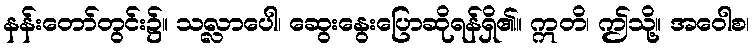
နန်းတော်တွင်း၌။ သလ္လာပေါ၊ ဆွေးနွေးပြောဆိုရန်ရှိ၏။ ဣတိ၊ ဤသို့။ အဝေါစ၊